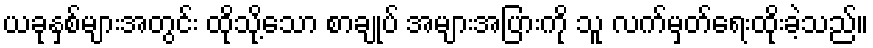
ယခုနှစ်များအတွင်း ထိုသို့သော စာချုပ် အများအပြားကို သူ လက်မှတ်ရေးထိုးခဲ့သည်။